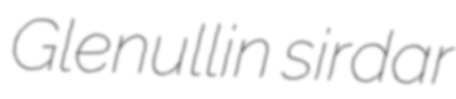
Glenullin sirdar